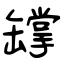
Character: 罉